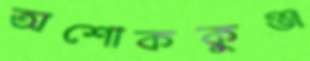
অশোককুঞ্জ